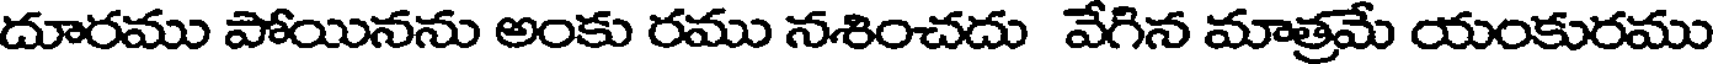
దూరము పోయినను అంకు రము నశించదు వేగిన మాత్రమే యంకురము